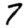
Digit: 7